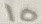
Text: 10